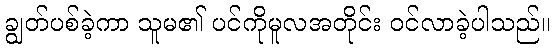
ချွတ်ပစ်ခဲ့ကာ သူမ၏ ပင်ကိုမူလအတိုင်း ဝင်လာခဲ့ပါသည်။